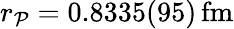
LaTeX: r_{\mathcal{P}}=0.8335(95)\, \mathrm{{fm}}